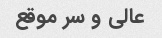
عالی و سر موقع